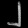
Digit: ၂